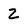
Character: Z